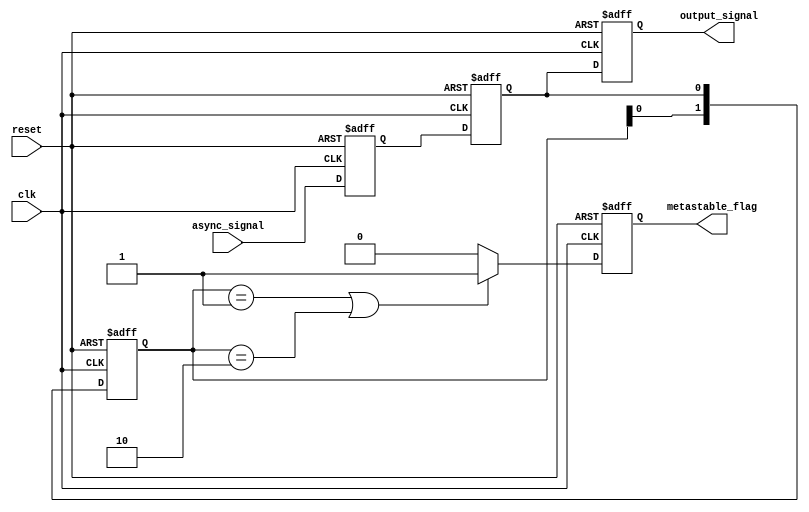
module metastability_detector (
    input wire clk,                 // Clock signal
    input wire reset,               // Reset signal
    input wire async_signal,        // Asynchronous input signal
    output reg metastable_flag,     // Metastability flag output
    output reg output_signal         // Synchronized output signal
);

    reg sync_ff1;                   // First flip-flop for synchronization
    reg sync_ff2;                   // Second flip-flop for synchronization
    reg [1:0] state;                // State register to monitor state changes

    // Synchronize the asynchronous signal using two flip-flops
    always @(posedge clk or posedge reset) begin
        if (reset) begin
            sync_ff1 <= 1'b0;
            sync_ff2 <= 1'b0;
            metastable_flag <= 1'b0;
            output_signal <= 1'b0;
            state <= 2'b00;
        end else begin
            sync_ff1 <= async_signal;      // Sample the async signal
            sync_ff2 <= sync_ff1;         // Pass through the second flip-flop
            output_signal <= sync_ff2;     // Final output is the synchronized signal
            
            // Update state
            state <= {state[0], sync_ff2}; // Shift in the new state
            
            // Detect metastability by monitoring state changes
            if (state == 2'b01 || state == 2'b10) begin
                metastable_flag <= 1'b1;   // Indicate metastability condition
            end else begin
                metastable_flag <= 1'b0;   // Clear the flag if no metastability
            end
        end
    end

endmodule